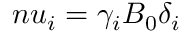
n u _ { i } = \gamma _ { i } B _ { 0 } \delta _ { i }